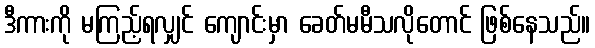
ဒီကားကို မကြည့်ရလျှင် ကျောင်းမှာ ခေတ်မမီသလိုတောင် ဖြစ်နေသည်။